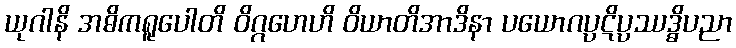
ယုဂါနိ အဓိကရူပေါတိ ဝိဂ္ဂဟေဟိ ဝိယာတိအာဒိနာ ပယောဂပ္ပဋိပ္ပဿဒ္ဓိပညာ